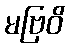
မဗြဝိ